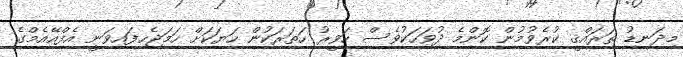
މިދަނޑު ތަރައްޤީ ކުރެވުމުން ކޮންމެ ދުވަހަކުވެސް ހަވީރު ހަތަރަކުން ހަޔަކަށް ހަމަޖެހިފައިވަނީ އެފްއޭއެމްގެ